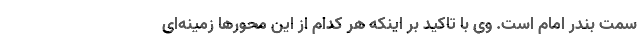
سمت بندر امام است. وی با تاکید بر اینکه هر کدام از این محورها زمینه‌ای